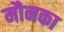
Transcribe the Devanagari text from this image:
मौनका